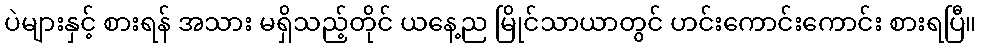
ပဲများနှင့် စားရန် အသား မရှိသည့်တိုင် ယနေ့ည မြိုင်သာယာတွင် ဟင်းကောင်းကောင်း စားရပြီ။